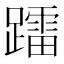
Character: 𨆢